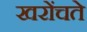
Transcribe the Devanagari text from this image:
खरोंचते